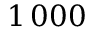
1 \, 0 0 0